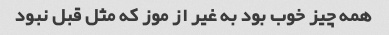
همه چیز خوب بود به غیر از موز که مثل قبل نبود